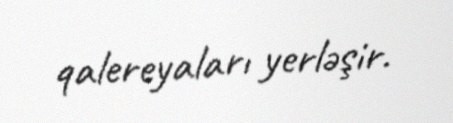
qalereyaları yerləşir.